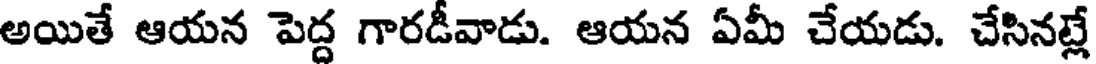
అయితే ఆయన పెద్ద గారడీవాడు. ఆయన ఏమీ చేయడు. చేసినట్లే